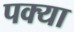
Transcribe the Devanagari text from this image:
पक्या